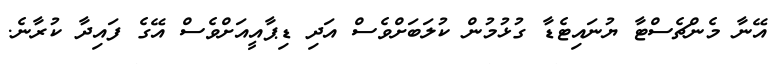
އޭނާ މެންޗެސްޓާ ޔުނައިޓެޑާ ގުޅުމުން ކުލަބަށްވެސް އަދި ޑިޕާއީއަށްވެސް އޭގެ ފައިދާ ކުރާނެ.